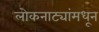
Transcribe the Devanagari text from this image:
लोकनाट्यांमधून